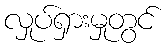
လှုပ်ရှားမှုတွင်